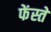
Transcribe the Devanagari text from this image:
फेंस्तें